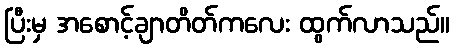
ပြီးမှ အစောင့်ချာတိတ်ကလေး ထွက်လာသည်။